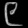
Digit: ၉